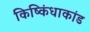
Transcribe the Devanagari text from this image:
किष्किंधाकांड